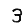
Digit: 3